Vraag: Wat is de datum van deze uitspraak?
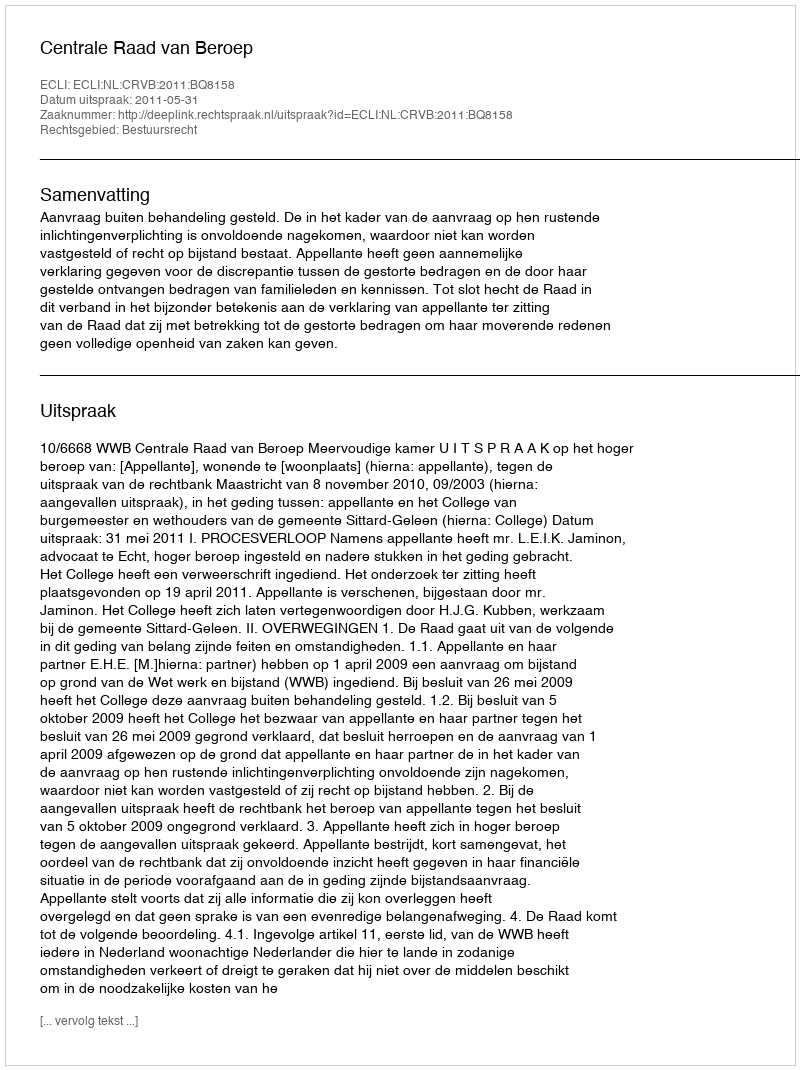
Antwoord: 2011-05-31